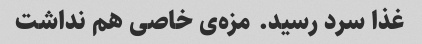
غذا سرد رسید. مزه‌ی خاصی هم نداشت